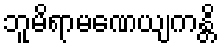
ဘူမိရာမဏေယျကန္တိ